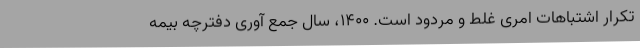
تکرار اشتباهات امری غلط و مردود است. 1400، سال جمع آوری دفترچه بیمه